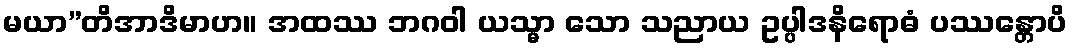
မယာ”တိအာဒိမာဟ။ အထဿ ဘဂဝါ ယသ္မာ သော သညာယ ဥပ္ပါဒနိရောဓံ ပဿန္တောပိ